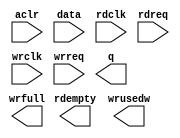
module async_fifo_512x36_to_72_progfull_500 (
	aclr,
	data,
	rdclk,
	rdreq,
	wrclk,
	wrreq,
	q,
	rdempty,
	wrfull,
	wrusedw);

	input	  aclr;
	input	[35:0]  data;
	input	  rdclk;
	input	  rdreq;
	input	  wrclk;
	input	  wrreq;
	output	[71:0]  q;
	output	  rdempty;
	output	  wrfull;
	output	[8:0]  wrusedw;
`ifndef ALTERA_RESERVED_QIS
// synopsys translate_off
`endif
	tri0	  aclr;
`ifndef ALTERA_RESERVED_QIS
// synopsys translate_on
`endif

endmodule